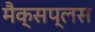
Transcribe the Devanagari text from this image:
मैक्सप्लस